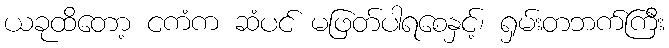
ယခုထိတော့ ငကံက ဆံပင် မဖြတ်ပါရစေနှင့်၊ ရှမ်းတဘက်ကြီး